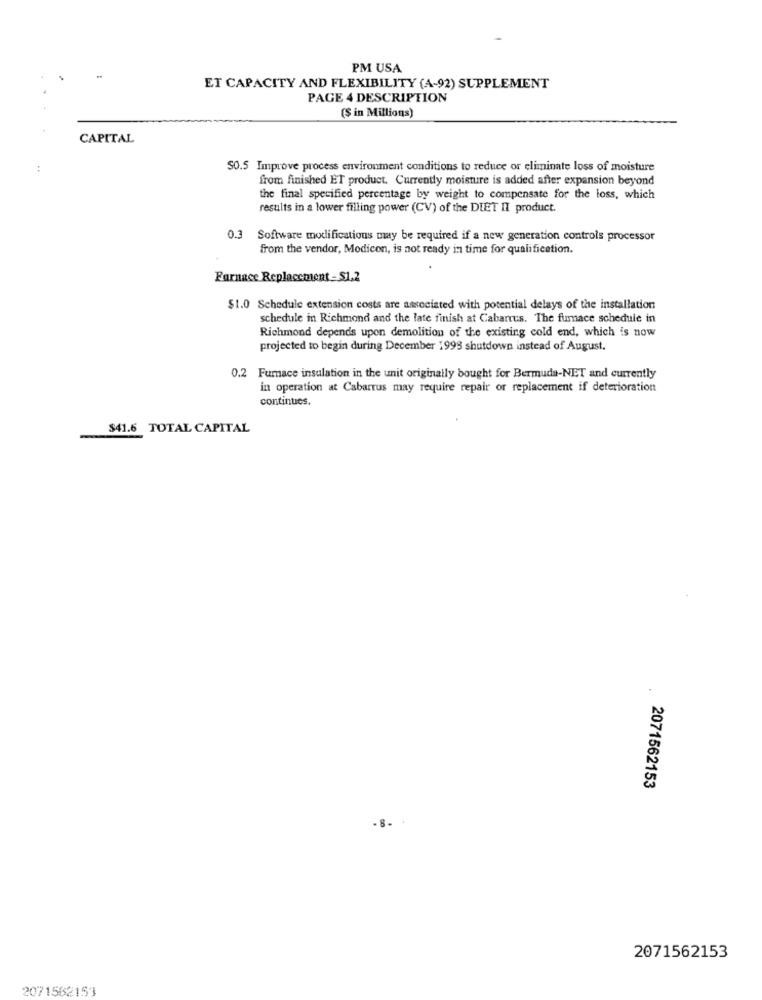
PM USA
ET CAPACITY AND FLEXIBILITY (A-92) SUPPLEMENT
PAGE 4 DESCRIPTION
($ in Millions)
CAPITAL
:
$0.5 Improve process environment conditions to reduce or eliminate loss of moisture
from finished ET product. Currently moisture is added after expansion beyond
the final specified percentage by weight to compensate for the loss, which
results in a lower filling power (CV) of the DIET II product.
0.3
Software modifications may be required if a new generation controls processor
from the vendor, Modicon, is not ready in time for qualification.
Farnace Replacement-$1,2
$1.0 Schedule extension costs are associated with potential delays of the installation
schedule in Richmond and the late finish at Cabarrus. The fumace schedule in
Richmond depends upon demolition of the existing cold end, which is now
projected to begin during December 1999 shutdown instead of August.
0.2 Furnace insulation in the unit originally bought for Bermuda-NET and currently
in operation at Cabarrus may require repair or replacement if deterioration
continues.
$41.6 TOTAL CAPITAL
2071562153
-8.
2071562153
2071582153